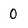
Character: 0